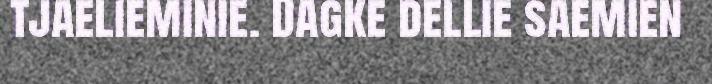
tjaelieminie. Dagke dellie saemien